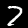
Label: 7